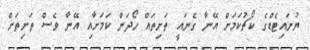
ޔުނައިޓެޑްގެ ކޯޗުކަމަށް އޭނާ ގެނައީ ތަށިތައް ހޯދަން ކަމަށާއި އޭނާ ވެސް ތަށިތަށް